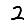
Digit: 2